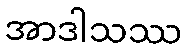
အာဒါသဿ